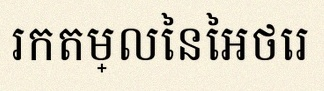
រកតម្លៃនៃអថេរ